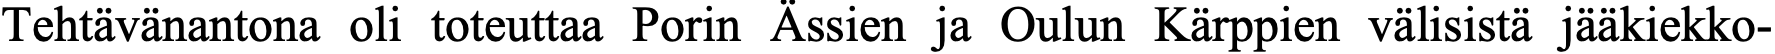
Tehtävänantona oli toteuttaa Porin Ässien ja Oulun Kärppien välisistä jääkiekko-